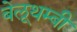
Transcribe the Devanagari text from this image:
बेलूथम्बी